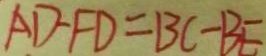
A D - F D = B C - B E